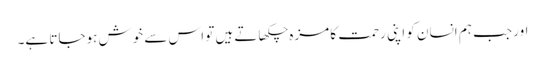
اور جب ہم انسان کو اپنی رحمت کا مزہ چکھاتے ہیں تو اس سے خوش ہوجاتا ہے۔